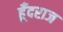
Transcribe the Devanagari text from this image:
हूँदराज